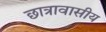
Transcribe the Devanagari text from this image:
छात्रावासीय